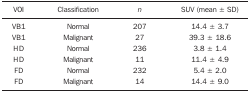
<table><thead><tr><td><b>VOI</b></td><td><b>Classification</b></td><td><b><i>n</i></b></td><td><b>SUV (mean ± SD)</b></td></tr></thead><tbody><tr><td>VB1</td><td>Normal</td><td>207</td><td>14.4 ± 3.7</td></tr><tr><td>VB1</td><td>Malignant</td><td>27</td><td>39.3 ± 18.6</td></tr><tr><td>HD</td><td>Normal</td><td>236</td><td>3.8 ± 1.4</td></tr><tr><td>HD</td><td>Malignant</td><td>11</td><td>11.4 ± 4.9</td></tr><tr><td>FD</td><td>Normal</td><td>232</td><td>5.4 ± 2.0</td></tr><tr><td>FD</td><td>Malignant</td><td>14</td><td>14.4 ± 9.0</td></tr></tbody></table>